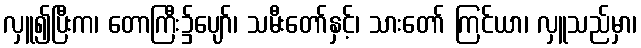
လှူ၍ပြီးက၊ တောကြီး၌ပျော်၊ သမီးတော်နှင့်၊ သားတော် ကြင်ယာ၊ လှူသည်မှာ၊